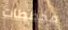
مخططات